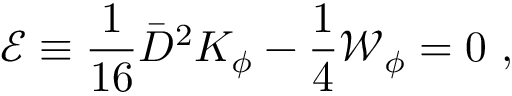
{ \mathcal E } \equiv \frac { 1 } { 1 6 } { \bar { D } } ^ { 2 } K _ { \phi } - \frac { 1 } { 4 } { \mathcal W } _ { \phi } = 0 \ ,